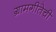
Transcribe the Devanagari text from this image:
ग्रामगीतेची